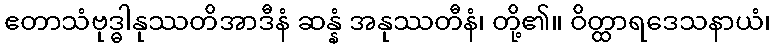
ဧတာသံဗုဒ္ဓါနုဿတိအာဒီနံ ဆန္နံ အနုဿတီနံ၊ တို့၏။ ဝိတ္ထာရဒေသနာယံ၊